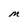
Character: M